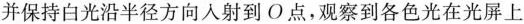
并保持白光沿半径方向入射到O点，观察到各色光在光屏上